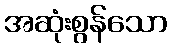
အဆုံးစွန်သော